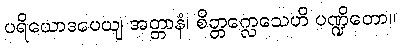
ပရိယောဒပေယျ အတ္တာနံ၊ စိတ္တက္လေသေဟိ ပဏ္ဍိတော။